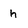
Character: h